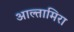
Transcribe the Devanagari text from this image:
आल्तामिरा